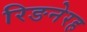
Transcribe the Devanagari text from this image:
रिङनेरह